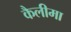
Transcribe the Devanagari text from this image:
कैलीमा